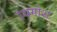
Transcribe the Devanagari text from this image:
उधगोश